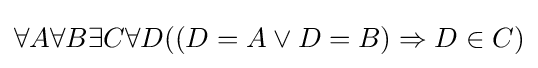
\forall A\forall B\exists C\forall D((D=A\lor D=B)\Rightarrow D\in C)